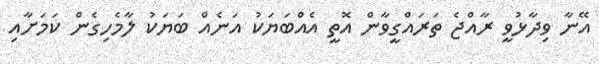
އޭނާ ވިދާޅުވީ ރާއްޖެ ތަރައްގީވާން އޮތީ އެއްބަޔަކު އަނެއް ބަޔަކު ލާމެހިގެން ކަމަށާއި